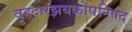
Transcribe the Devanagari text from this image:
वृहदारझयकोपनिषद